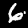
Digit: 6